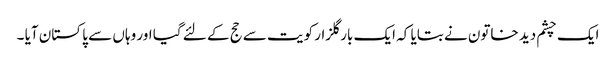
ایک چشم دید خاتون نے بتایا کہ ایک بار گلزار کویت سے حج کے لئے گیا اور وہاں سے پا کستان آیا ۔